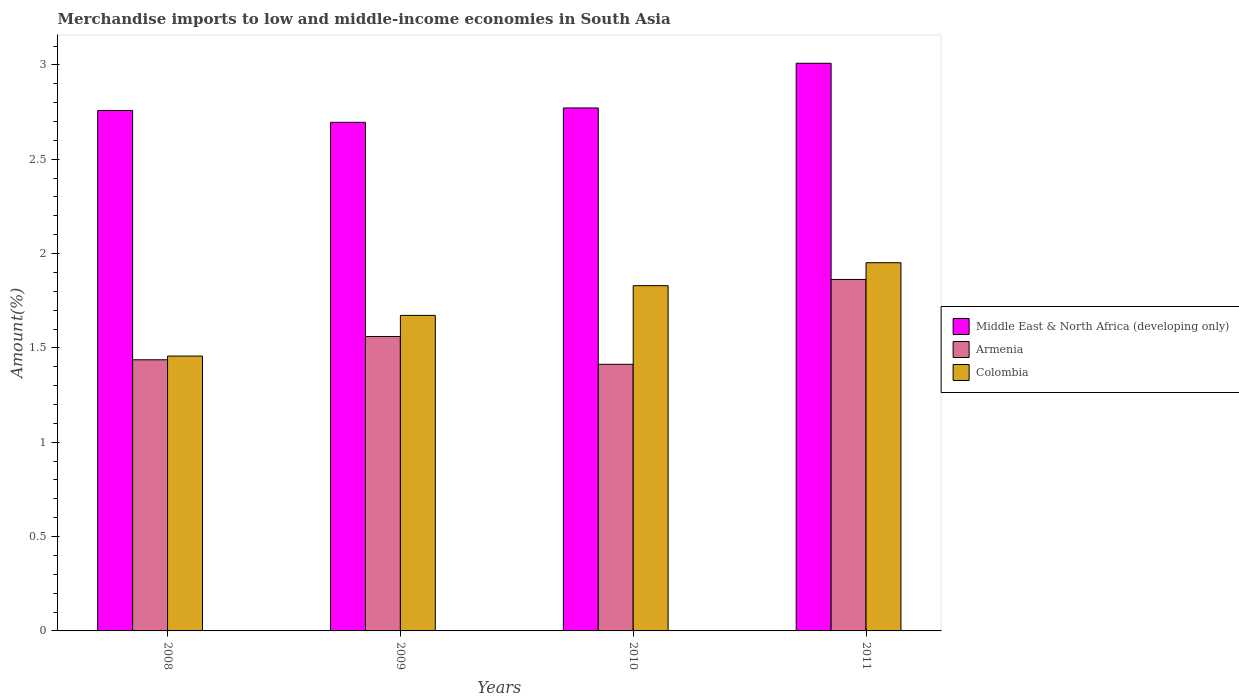
| Years | Middle East & North Africa (developing only) | Armenia | Colombia |
 | --- | --- | --- | --- |
 | 2008 | 2.76 | 1.44 | 1.46 |
 | 2009 | 2.7 | 1.56 | 1.67 |
 | 2010 | 2.77 | 1.41 | 1.83 |
 | 2011 | 3.01 | 1.86 | 1.95 |